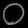
Digit: ၀